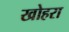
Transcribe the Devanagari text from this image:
खोहरा